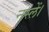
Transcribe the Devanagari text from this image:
नस्लें।